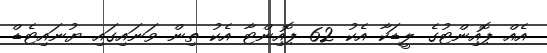
އެއް ޕޮއިންޓުގެ ލީޑަކާ އެކު 62 ޕޮއިންޓާ އެކު ތިން ވަނައިގައި ޔުނައިޓެޑް